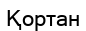
Қортан